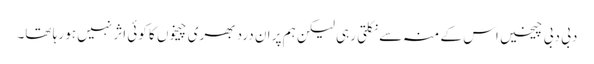
دبی دبی چیخیں اس کے منہ سے نکلتی رہی لیکن ہم پر ان درد بھری چیخوں کا کوئی اثر نہیں ہو رہا تھا۔